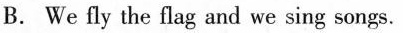
B. We fly the flag and we sing songs.